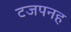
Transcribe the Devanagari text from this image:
टजपनह